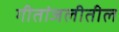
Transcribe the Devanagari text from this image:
गीतांजलीतील